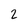
Character: 2